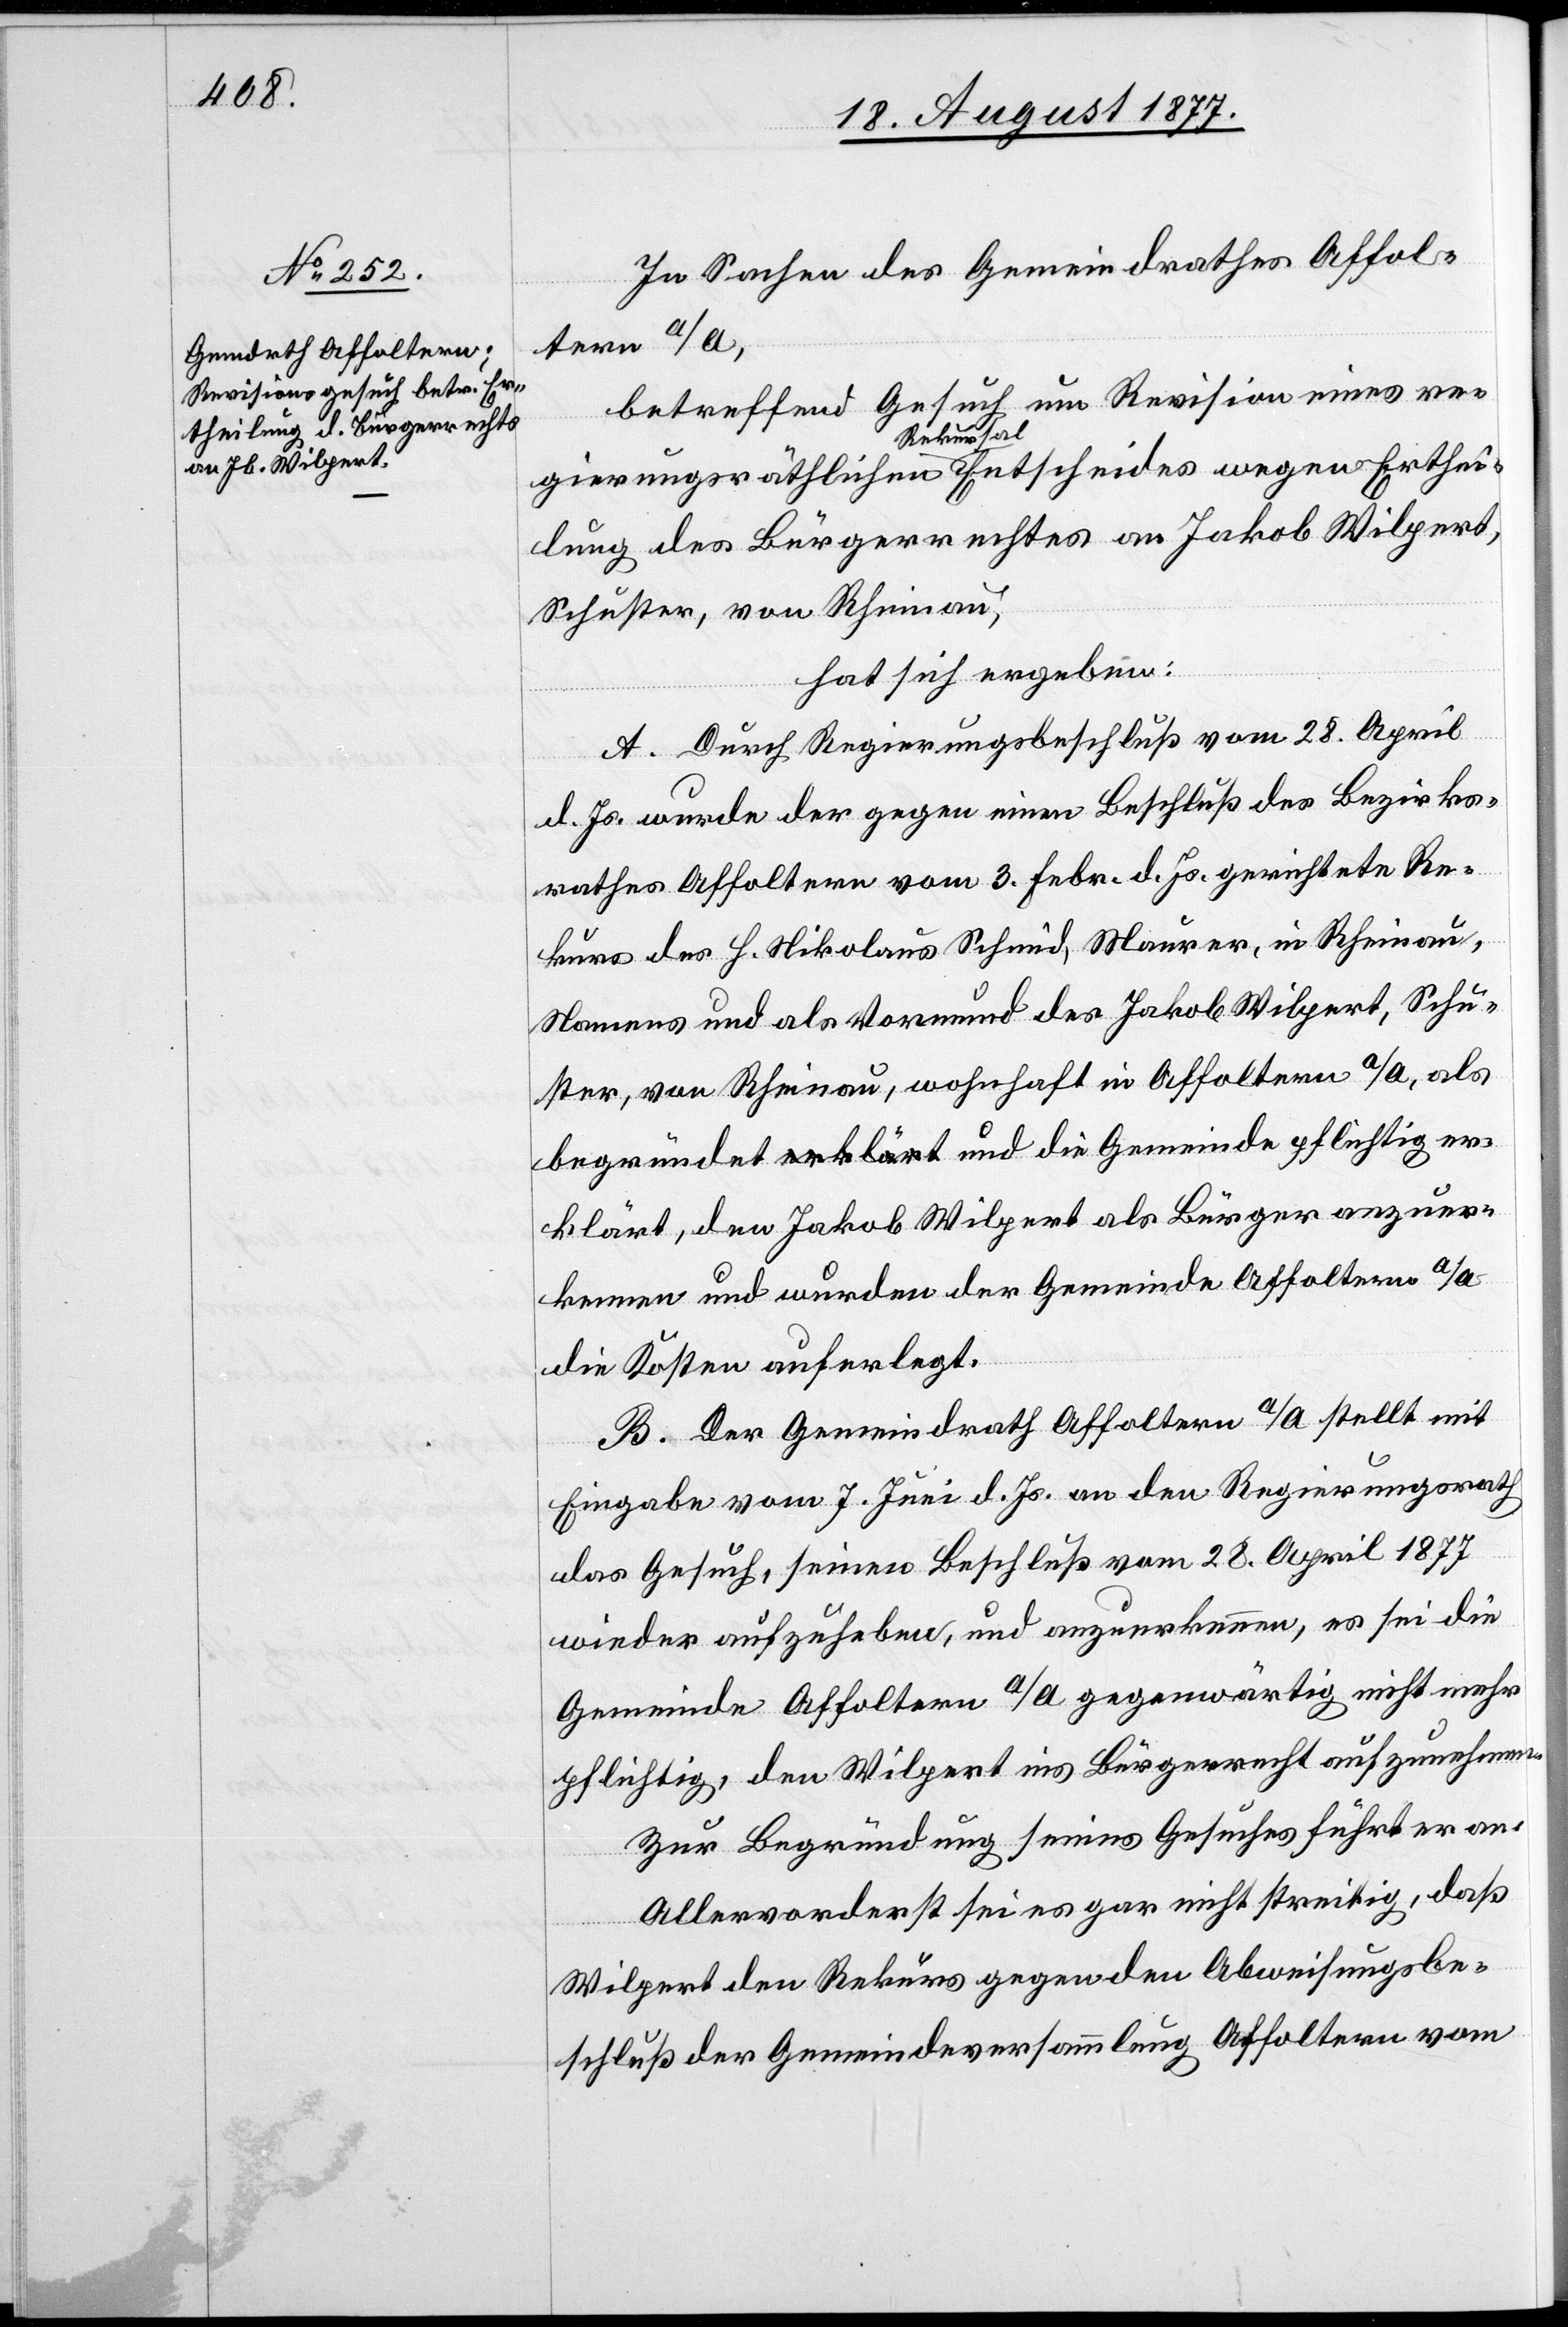
In Sachen des Gemeindrathes Affol¬
tern a/A,
betreffend Gesuch um Revision eines re¬
gierungsräthlichen Rekursal Entscheides wegen Erthei¬
lung des Bürgerrechtes an Jakob Wilpert,
Schuster, von Rheinau,
hat sich ergeben:
A. Durch Regierungsbeschluß vom 28. April
d. Js. wurde der gegen einen Beschluß des Bezirks¬
rathes Affoltern vom 3. Febr. d. Js. gerichtete Re¬
kurs des H. Nikolaus Schmid, Maurer, in Rheinau,
Namens und als Vormund des Jakob Wilpert, Schu¬
ster, von Rheinau, wohnhaft in Affoltern a/A, als
begründet a-erklärt-a und die Gemeinde pflichtig er¬
klärt, den Jakob Wilpert als Bürger anzuer¬
kennen und wurden der Gemeinde Affoltern a/A
die Kosten auferlegt.
B. Der Gemeindrath Affoltern a/A stellt mit
Eingabe vom 7. Juni d. Js. an den Regierungsrath
das Gesuch, seinen Beschluß vom 28. April 1877
wieder aufzuheben, und anzuerkennen, es sei die
Gemeinde Affoltern a/A gegenwärtig nicht mehr
pflichtig, den Wilpert ins Bürgerrecht aufzunehmen.
Zur Begründung seines Gesuches führt er an:
Allervorderst sei es gar nicht streitig, daß
Wilpert den Rekurs gegen den Abweisungsbe¬
schluß der Gemeindeversammlung Affoltern vom